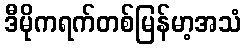
ဒီမိုကရက်တစ်မြန်မာ့အသံ